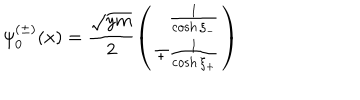
\psi _ { 0 } ^ { ( \pm ) } ( x ) = \frac { \sqrt { y m } } { 2 } \left( \begin{array} { r } { { \frac { 1 } { \cosh \xi _ { - } } } } \\ { { \mp \frac { 1 } { \cosh \xi _ { + } } } } \\ \end{array} \right)